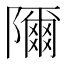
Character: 隬